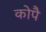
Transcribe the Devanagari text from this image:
कोपै